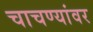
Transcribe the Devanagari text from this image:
चाचण्यांवर